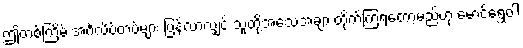
ဤတစ်ကြိမ် အင်္ဂလိပ်တပ်များ ပြန်လာလျှင် သူတို့အသေအချာ တိုက်ကြရတော့မည်ဟု မောင်ရွှေဝါ